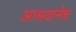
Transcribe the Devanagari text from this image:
आश्रयानेच